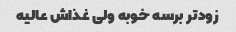
زود‌تر برسه خوبه ولی غذاش عالیه